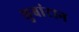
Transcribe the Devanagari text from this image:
लुबांटान